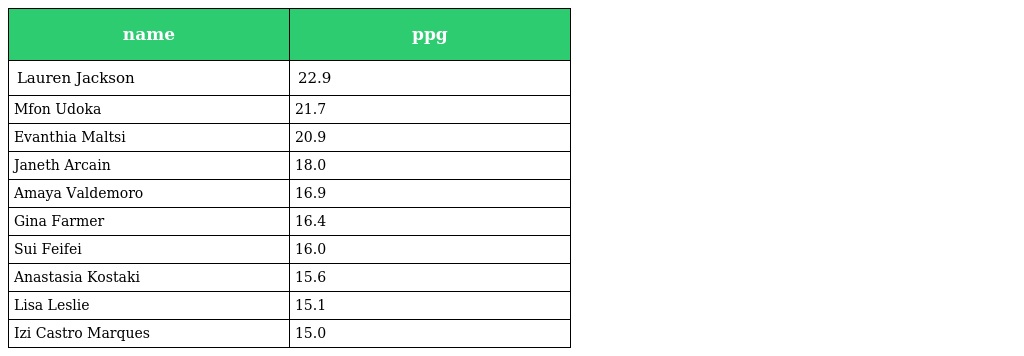
| name | ppg |
 | --- | --- |
 | Lauren Jackson | 22.9 |
 | Mfon Udoka | 21.7 |
 | Evanthia Maltsi | 20.9 |
 | Janeth Arcain | 18.0 |
 | Amaya Valdemoro | 16.9 |
 | Gina Farmer | 16.4 |
 | Sui Feifei | 16.0 |
 | Anastasia Kostaki | 15.6 |
 | Lisa Leslie | 15.1 |
 | Izi Castro Marques | 15.0 |